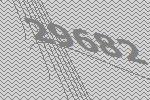
29682